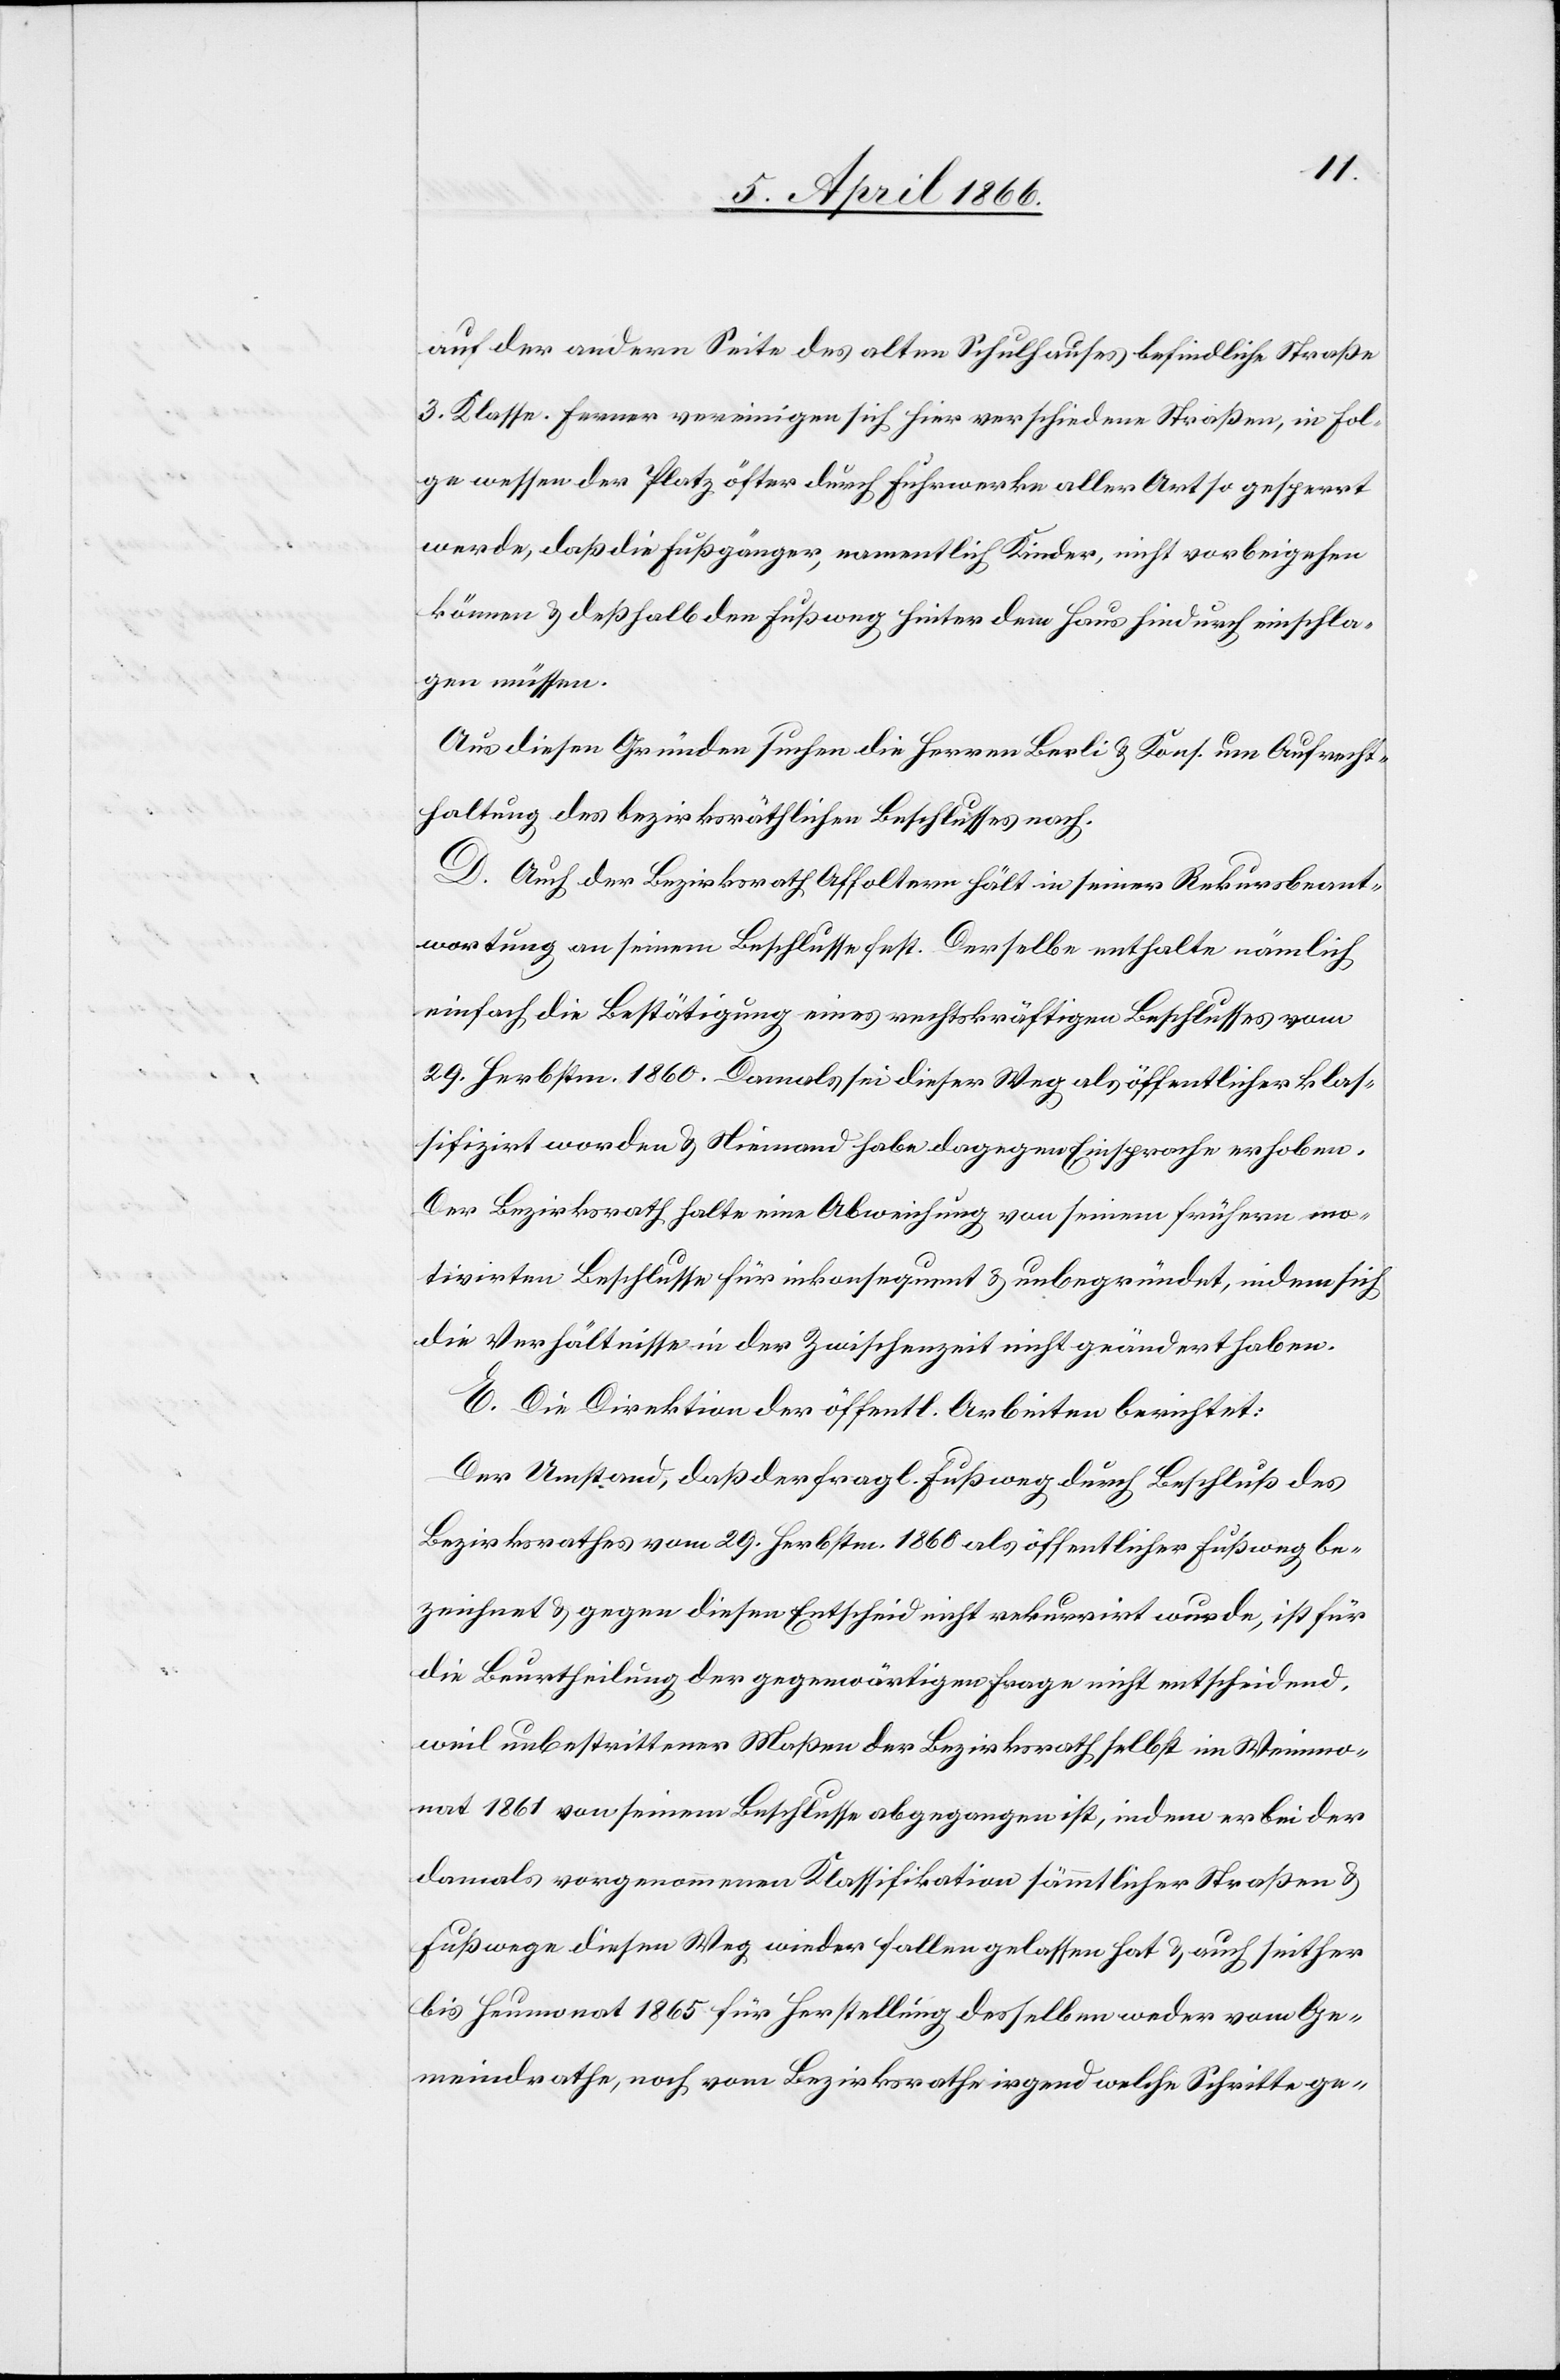
auf der andern Seite des alten Schulhauses befindliche Straße
3. Klasse. Ferner vereinigen sich hier verschiedene Straßen, in Fol¬
ge wessen der Platz öfter durch Fuhrwerke aller Art so gesperrt
werde, daß die Fußgänger, namentlich Kinder, nicht vorbeigehen
können u. deßhalb den Fußweg hinter dem Haus hindurch einschla¬
gen müssen.
Aus diesen Gründen suchen die Herren Berli u. Kons. um Aufrecht¬
haltung des bezirksräthlichen Beschlusses an.
D. Auch der Bezirksrath Affoltern hält in seiner Rekursbeant¬
wortung an seinem Beschlusse fest. Derselbe enthalte nämlich
einfach die Bestätigung eines rechtskräftigen Beschlusses vom
29. Herbstm. 1860. Damals sei dieser Weg als öffentlicher klas¬
sifizirt worden u. Niemand habe dagegen Einsprache erhoben.
Der Bezirksrath halte eine Abweichung von seinem frühern mo¬
tivirten Beschlusse für inkonsequent u. unbegründet, indem sich
die Verhältnisse in der Zwischenzeit nicht geändert haben.
E. Die Direktion der öffentl Arbeiten berichtet:
Der Umstand, daß der fragl. Fußweg durch Beschluß des
Bezirksrathes vom 29. Herbstm. 1860 als öffentlicher Fußweg be¬
zeichnet u. gegen diesen Entscheid nicht rekurrirt wurde, ist für
die Beurtheilung der gegenwärtigen Frage nicht entscheidend,
weil unbestrittener Maßen der Bezirksrath selbst im Weinmo¬
nat 1861 von seinem Beschlusse abgegangen ist, indem er bei der
damals vorgenommenen Klassifikation sämmtlicher Straßen u.
Fußwege diesen Weg wieder fallengelassen hat u. auch seither
bis Heumonat 1865 für Herstellung desselben weder vom Ge¬
meindrathe, noch vom Bezirksrathe irgend welche Schritte ge-